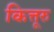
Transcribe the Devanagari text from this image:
कित्तूरु